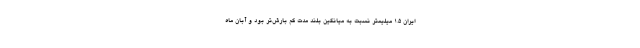
ایران ۱.۵ میلیمتر نسبت به میانگین بلند مدت کم بارش‌تر بود و آبان ماه